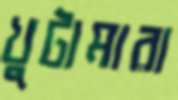
খুটামারা